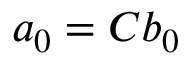
a _ { 0 } = C b _ { 0 }